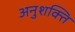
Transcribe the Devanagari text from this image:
अनुशक्ति